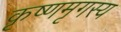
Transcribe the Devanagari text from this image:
कृष्णमृगस्य